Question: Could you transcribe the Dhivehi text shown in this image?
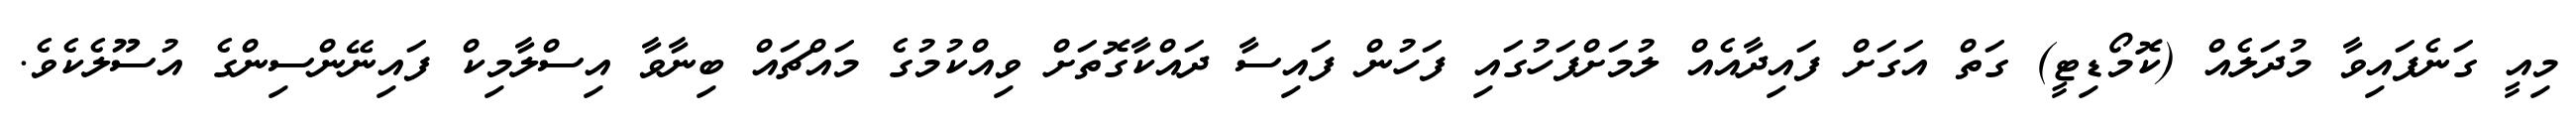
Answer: މިއީ ގަނެފައިވާ މުދަލެއް (ކޮމޯޑިޓީ) ގަތް އަގަށް ފައިދާއެއް ލުމަށްފަހުގައި ފަހުން ފައިސާ ދައްކާގޮތަށް ވިއްކުމުގެ މައްޗައް ބިނާވާ އިސްލާމިކް ފައިނޭންސިންގެ އުސޫލެކެވެ.